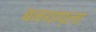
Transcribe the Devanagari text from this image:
बनथाप्ला